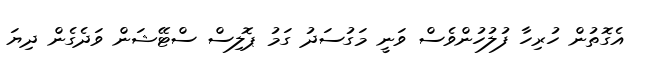
އެގޮތުން ހުރިހާ ފުލުހުންވެސް ވަނީ މަގުސަދު ގަމު ޕޮލިސް ސްޓޭޝަން ވަދެގެން ދިޔަ